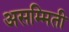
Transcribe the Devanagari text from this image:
असम्मिती